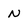
Character: N